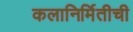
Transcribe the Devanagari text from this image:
कलानिर्मितीची